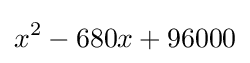
x^{2}-680x+96000